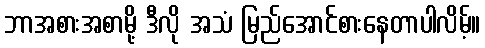
ဘာအစားအစာမို့ ဒီလို အသံ မြည်အောင်စားနေတာပါလိမ့်။